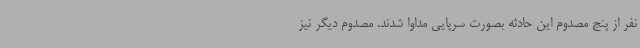
نفر از پنج مصدوم این حادثه بصورت سرپایی مداوا شدند. مصدوم دیگر نیز